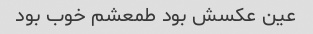
عین عکسش بود طمعشم خوب بود